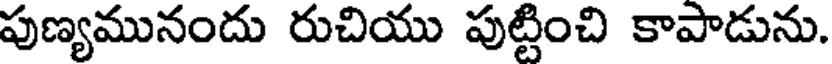
పుణ్యమునందు రుచియు పుట్టించి కాపాడును.